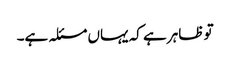
تو ظاہر ہے کہ یہاں مسئلہ ہے۔